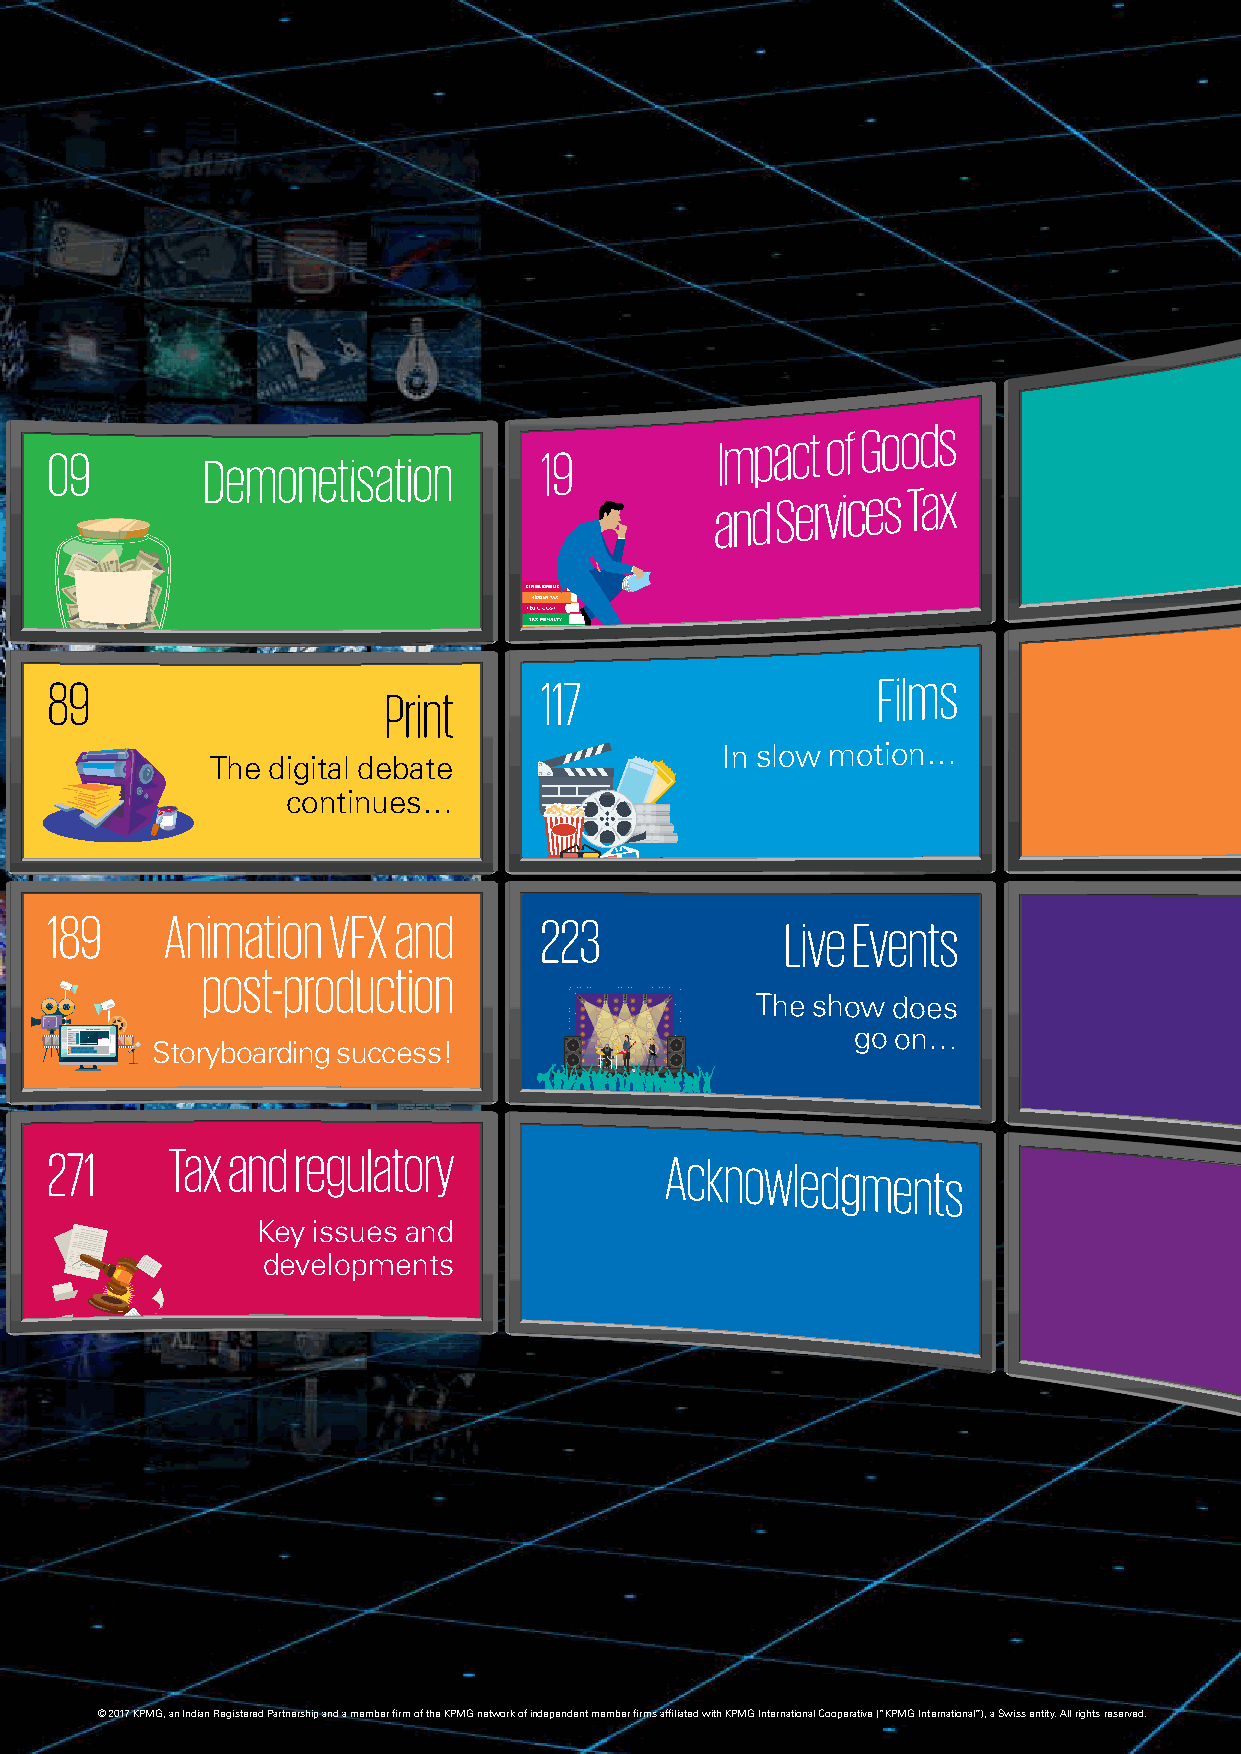
Impact  of
 Goods
 09                               19
 and
 Services Tax
 89                               117
 Films
 Print
 In slow motion…
 The digital debate
 continues…
 189     Animation  VFX and       223             Live Events
 post-production
 The show does
 go on…
 Storyboarding success!
 271     Tax and regulatory               Acknowledgments
 Key issues and
 developments
 © 2017 KPMG, an Indian Registered Partnership and a member firm of the KPMG network of independent member firms affiliated with KPMG International Cooperative (“KPMG International”), a Swiss entity. All rights reserved.
 D e m o n e t i s a t i o n